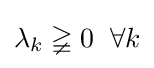
\lambda _{k}\gneqq 0\;\;\forall k